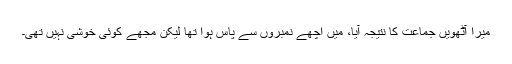
میرا آٹھویں جماعت کا نتیجہ آیا، میں اچھے نمبروں سے پاس ہوا تھا لیکن مجھے کوئی خوشی نہیں تھی۔